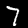
Digit: 7